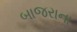
બાજરાના